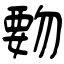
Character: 覅